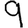
Digit: 9